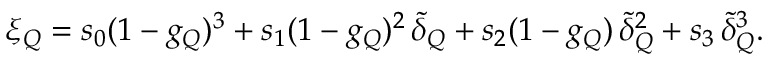
\xi _ { Q } = s _ { 0 } ( 1 - g _ { Q } ) ^ { 3 } + s _ { 1 } ( 1 - g _ { Q } ) ^ { 2 } \, \tilde { \delta } _ { Q } + s _ { 2 } ( 1 - g _ { Q } ) \, \tilde { \delta } _ { Q } ^ { 2 } + s _ { 3 } \, \tilde { \delta } _ { Q } ^ { 3 } .